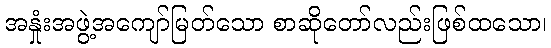
အနှုံးအဖွဲ့အကျော်မြတ်သော စာဆိုတော်လည်းဖြစ်ထသော၊